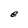
Character: e